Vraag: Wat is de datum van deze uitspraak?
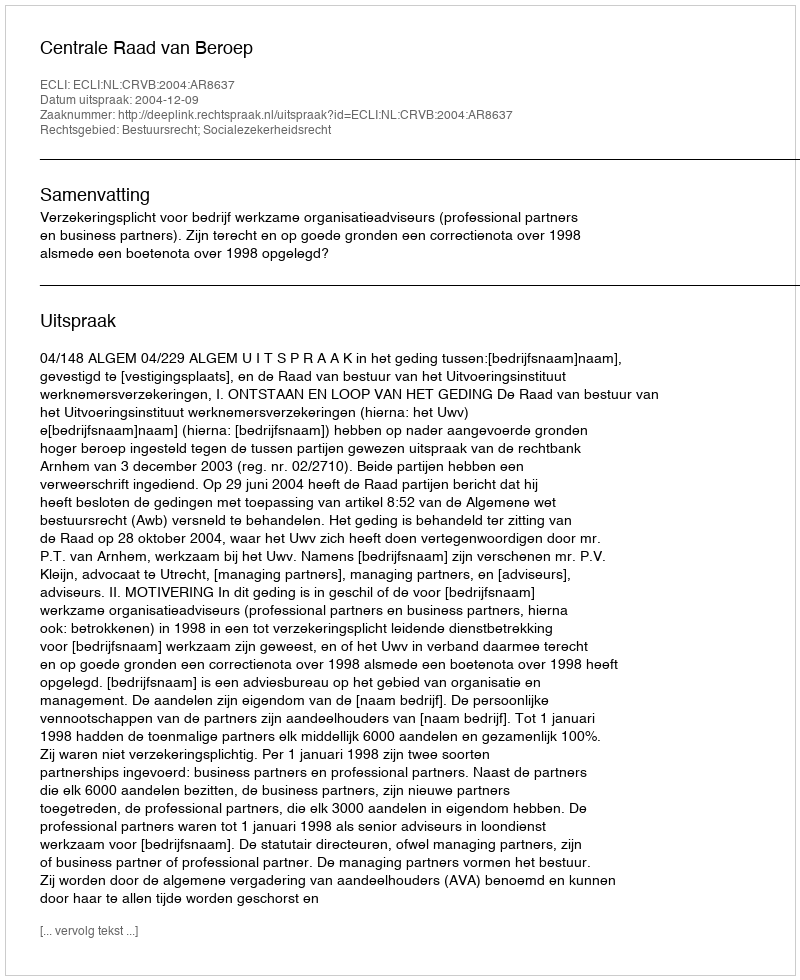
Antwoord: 2004-12-09